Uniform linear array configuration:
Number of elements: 4
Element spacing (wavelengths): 0.75
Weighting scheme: binomial
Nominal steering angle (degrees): -15
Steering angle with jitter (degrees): -13.796
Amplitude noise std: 0.05
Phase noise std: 0.05

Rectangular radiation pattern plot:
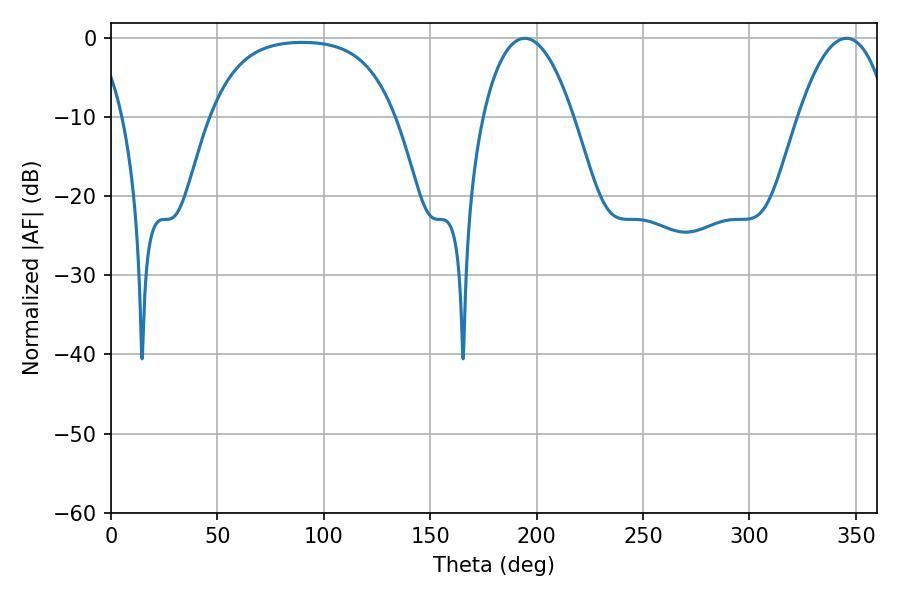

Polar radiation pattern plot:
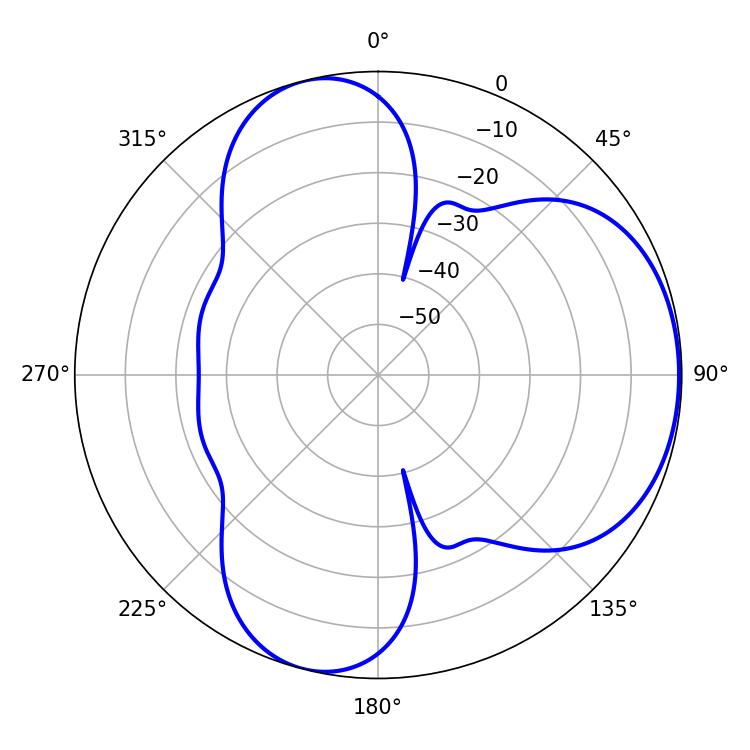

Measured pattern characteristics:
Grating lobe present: TRUE
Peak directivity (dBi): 5.038
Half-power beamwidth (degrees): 23.76
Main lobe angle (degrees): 194.4